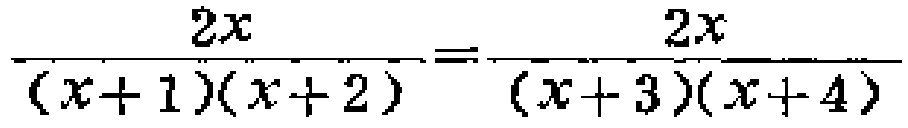
\(\frac{2x}{(x + 1)(x + 2)}=\frac{2x}{(x + 3)(x + 4)}\)